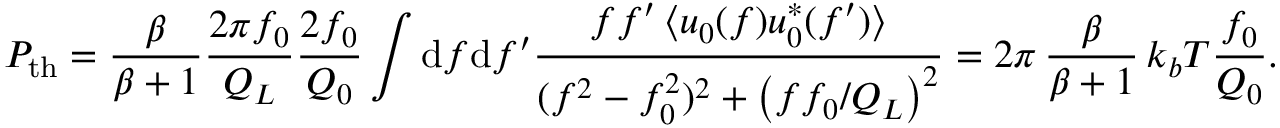
P _ { \mathrm { t h } } = \frac { \beta } { \beta + 1 } \frac { 2 \pi f _ { 0 } } { Q _ { L } } \frac { 2 f _ { 0 } } { Q _ { 0 } } \int \mathrm { d } f \mathrm { d } f ^ { \prime } \frac { f f ^ { \prime } \, \langle u _ { 0 } ( f ) u _ { 0 } ^ { * } ( f ^ { \prime } ) \rangle } { ( f ^ { 2 } - f _ { 0 } ^ { 2 } ) ^ { 2 } + \left( f f _ { 0 } / Q _ { L } \right) ^ { 2 } } = 2 \pi \, \frac { \beta } { \beta + 1 } \, k _ { b } T \frac { f _ { 0 } } { Q _ { 0 } } .